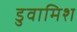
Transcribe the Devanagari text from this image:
डुवामिश